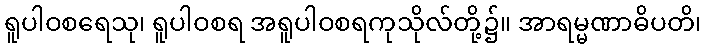
ရူပါဝစရေသု၊ ရူပါဝစရ အရူပါဝစရကုသိုလ်တို့၌။ အာရမ္မဏာဓိပတိ၊